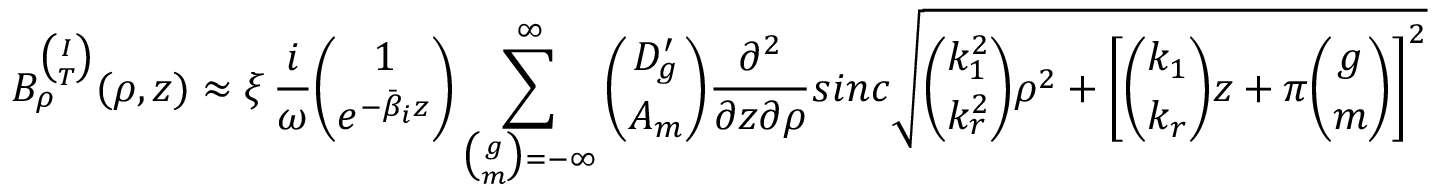
B _ { \rho } ^ { \binom { I } { T } } ( \rho , z ) \approx \xi \, \frac { i } { \omega } { \binom { 1 } { e ^ { - \bar { \beta } _ { i } z } } } \sum _ { { \binom { g } { m } } = - \infty } ^ { \infty } { \binom { D _ { g } ^ { \prime } } { A _ { m } } } \frac { \partial ^ { 2 } } { \partial z \partial \rho } s i n c \sqrt { { \binom { k _ { 1 } ^ { 2 } } { k _ { r } ^ { 2 } } } \rho ^ { 2 } + \left[ { \binom { k _ { 1 } } { k _ { r } } } z + \pi { \binom { g } { m } } \right] ^ { 2 } }